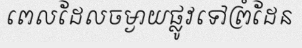
ពេលដែលចម្ងាយផ្លូវទៅព្រំដែន